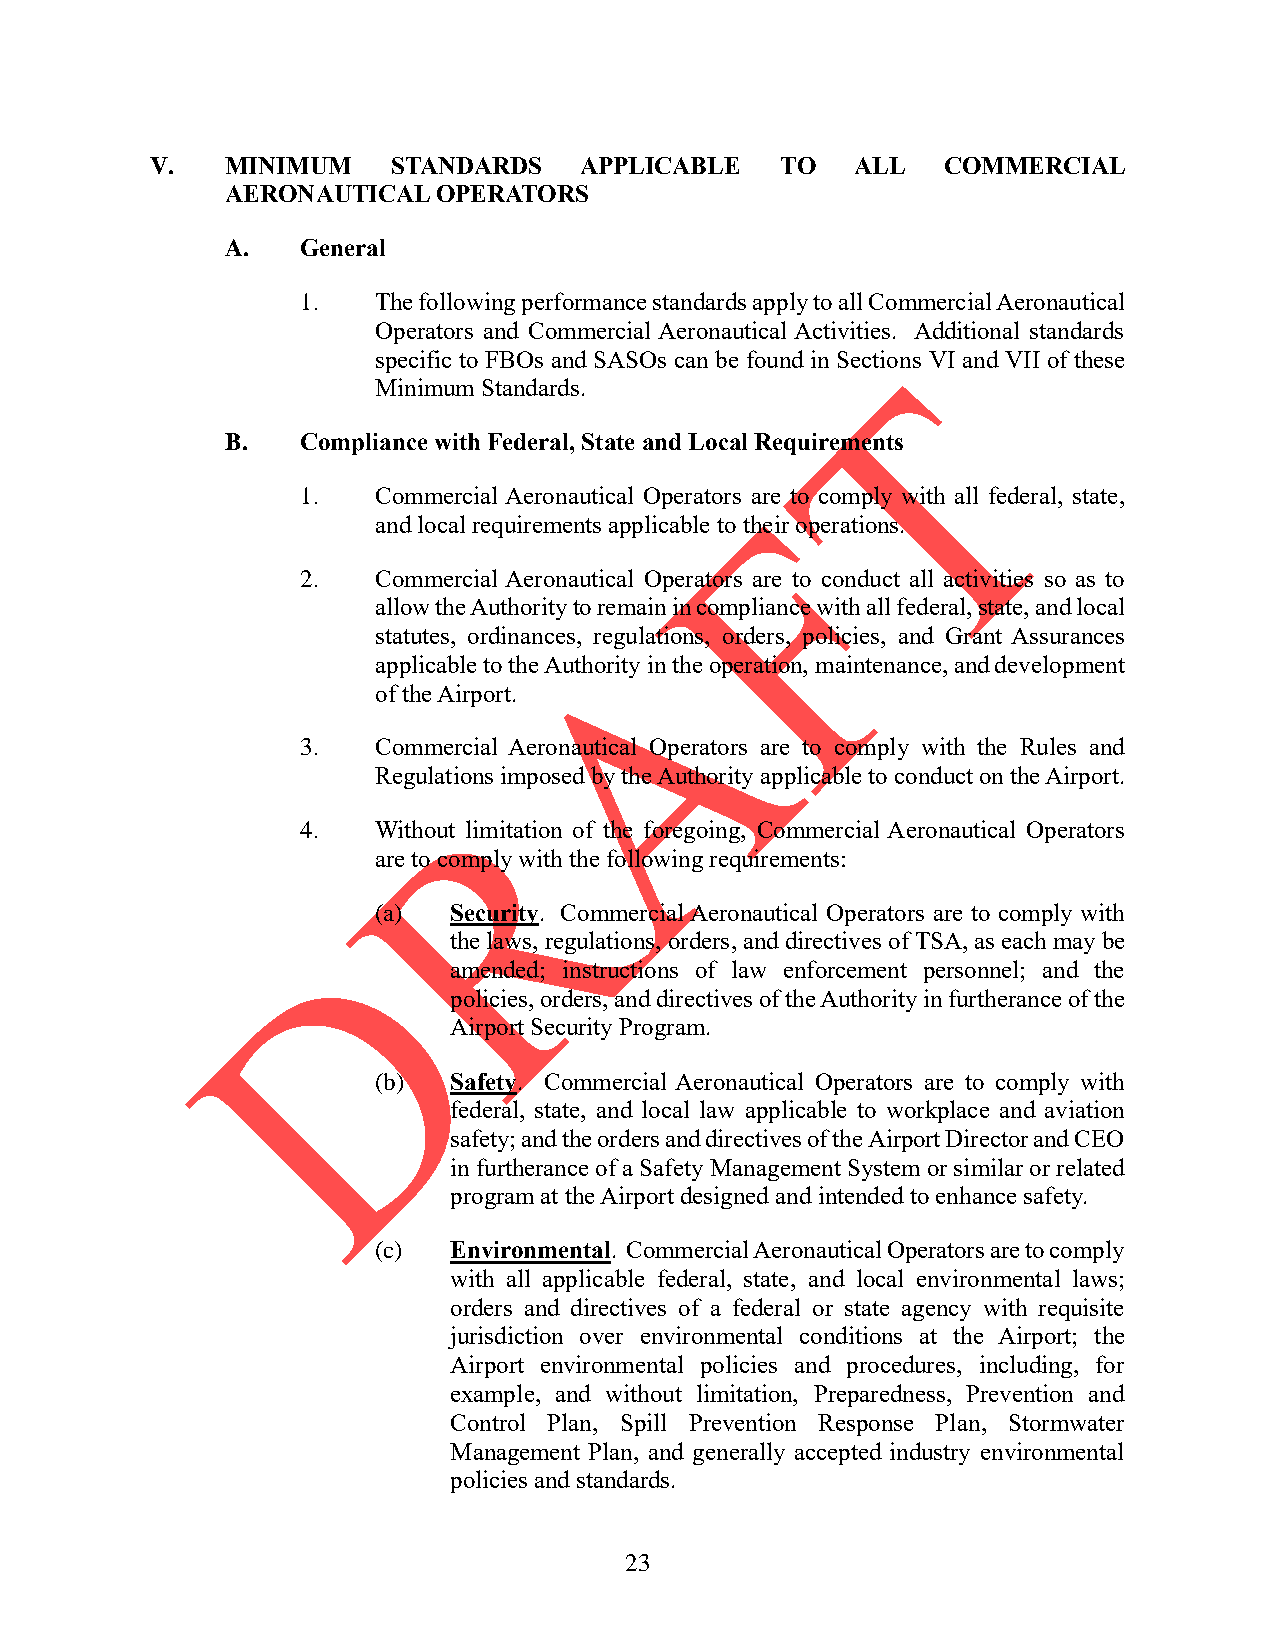
V.   MINIMUM    STANDARDS   APPLICABLE    TO   ALL  COMMERCIAL
 AERONAUTICAL  OPERATORS
 A.   General
 1.   The following performance standards apply to all Commercial Aeronautical
 Operators and Commercial Aeronautical Activities. Additional standards
 specific to FBOs and SASOs can be found in Sections VI and VII of these
 Minimum Standards.
 B.   Compliance with Federal, State and Local Requirements
 1.   Commercial Aeronautical Operators are to comply with all federal, state,
 and local requirements applicable to their operations.
 2.   Commercial Aeronautical Operators are to conduct all activities so as to
 allow the Authority to remain in compliance with all federal, state, and local
 statutes, ordinances, regulations, orders, policies, and Grant Assurances
 applicable to the Authority in the operation, maintenance, and development
 of the Airport.
 3.   Commercial Aeronautical Operators are to comply with the Rules and
 Regulations imposed by the Authority applicable to conduct on the Airport.
 4.   Without limitation of the foregoing, Commercial Aeronautical Operators
 are to comply with the following requirements:
 (a)  Security. Commercial Aeronautical Operators are to comply with
 the laws, regulations, orders, and directives of TSA, as each may be
 amended; instructions of law enforcement personnel; and the
 policies, orders, and directives of the Authority in furtherance of the
 Airport Security Program.
 (b)  Safety. Commercial Aeronautical Operators are to comply with
 federal, state, and local law applicable to workplace and aviation
 safety; and the orders and directives of the Airport Director and CEO
 in furtherance of a Safety Management System or similar or related
 program at the Airport designed and intended to enhance safety.
 (c)  Environmental. Commercial Aeronautical Operators are to comply
 with all applicable federal, state, and local environmental laws;
 orders and directives of a federal or state agency with requisite
 jurisdiction over environmental conditions at the Airport; the
 Airport environmental policies and procedures, including, for
 example, and without limitation, Preparedness, Prevention and
 Control Plan, Spill Prevention Response Plan, Stormwater
 Management Plan, and generally accepted industry environmental
 policies and standards.
 23